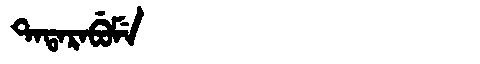
Manchu: ᡨᠠᡨᠠᡵᠠᠪᡠᠮᡝ
Romanization: TATARABUME